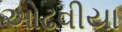
ઓઢવીયા